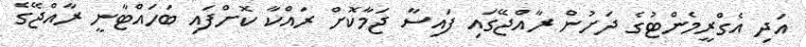
އަދި އެގްރީމެންޓުގެ ދަށުން ރާއްޖޭގައި ފައިސާ ޖަމާކޮށް ރައްކާ ކޮށްފައި ބަހައްޓާނީ ރާއްޖޭގެ